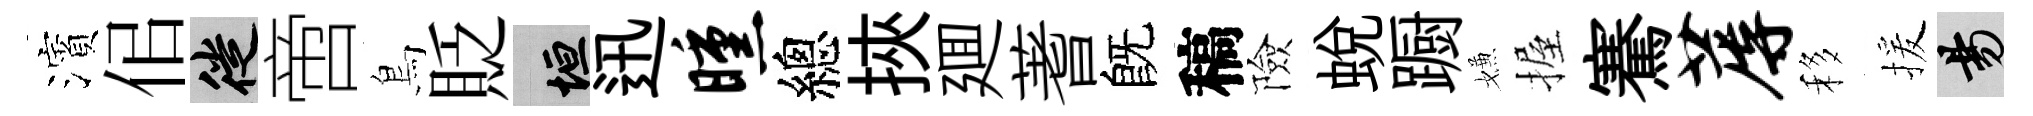
濱佀徙啻鳥貶垣迅曛總挾廽蓍旣稿險蛻蹰嫌握騫蓐移援昜